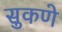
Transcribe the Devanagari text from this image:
सुकणे